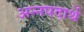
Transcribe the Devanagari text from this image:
अन्नपदार्थे